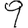
Digit: 9